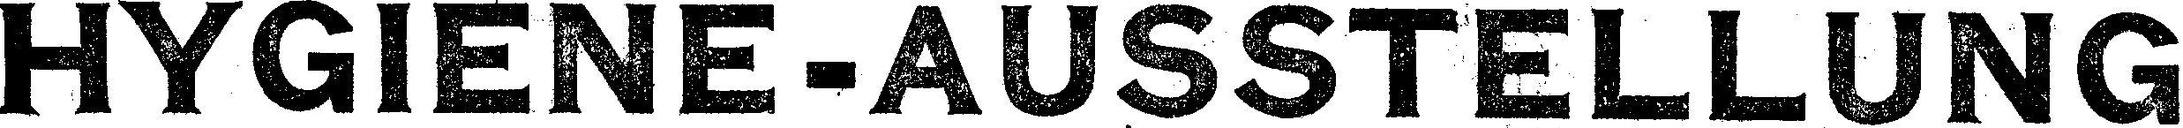
HYGIENE-AUSSTELLUNG